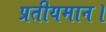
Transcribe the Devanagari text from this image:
प्रतीयमान।